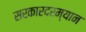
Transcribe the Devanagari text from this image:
सरकारदरम्यान